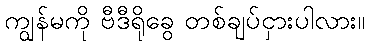
ကျွန်မကို ဗီဒီရိုခွေ တစ်ချပ်ငှားပါလား။